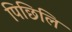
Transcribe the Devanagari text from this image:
पिछिलि